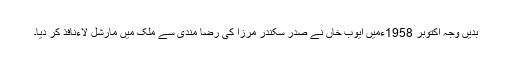
بدیں وجہ اکتوبر 1958ءمیں ایوب خاں نے صدر سکندر مرزا کی رضا مندی سے ملک میں مارشل لاءنافذ کر دیا۔